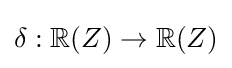
\delta :\mathbb {R} (Z)\rightarrow \mathbb {R} (Z)